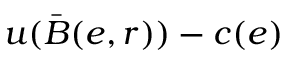
u ( \bar { B } ( e , r ) ) - c ( e )